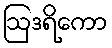
ဩဒရိကော